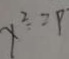
y ^ { 2 } = 9